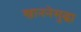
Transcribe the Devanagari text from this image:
खाननेसुद्धा